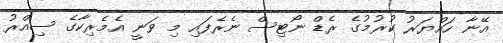
އޭނާ ހައްޔަރު ކުރުމުގެ ރެޑް ނޯޓިސް ނެރެފައި މި ވަނީ އެމެރިކާގެ ސިއްރު